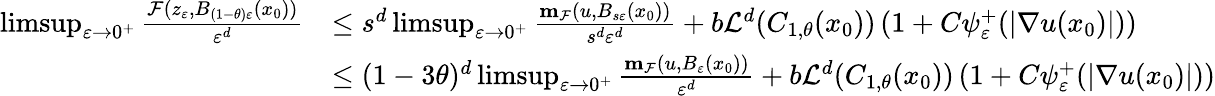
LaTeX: \begin{array}{rl}{\operatorname*{limsup}_{\varepsilon\to 0^{+}}\frac{\mathcal{F}(z_{\varepsilon},B_{(1-\theta)\varepsilon}(x_{0}))}{\varepsilon^{d}}}&{\leq s^{d}\operatorname*{limsup}_{\varepsilon\to 0^{+}}\frac{\mathbf{m}_{\mathcal{F}}(u,B_{s\varepsilon}(x_{0}))}{s^{d}\varepsilon^{d}}+b\mathcal{L}^{d}(C_{1,\theta}(x_{0}))\left(1+C\psi_{\varepsilon}^{+}(|\nabla u(x_{0})|)\right)}\\ &{\leq(1-3\theta)^{d}\operatorname*{limsup}_{\varepsilon\to 0^{+}}\frac{\mathbf{m}_{\mathcal{F}}(u,B_{\varepsilon}(x_{0}))}{\varepsilon^{d}}+b\mathcal{L}^{d}(C_{1,\theta}(x_{0}))\left(1+C\psi_{\varepsilon}^{+}(|\nabla u(x_{0})|)\right)}\end{array}